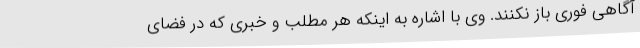
آگاهی فوری باز نکنند. وی با اشاره به اینکه هر مطلب و خبری که در فضای